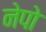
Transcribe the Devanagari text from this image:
नेपो